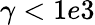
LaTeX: \gamma<1e3